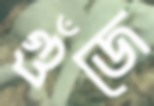
গুঁজে